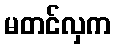
မတင်လှက